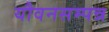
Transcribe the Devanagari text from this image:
यौवनसम्पन्न